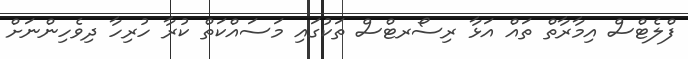
ފްލެޓްސް އިމާރާތް ތައް އަޅާ ރިސޯރޓްސް ތަކުގައި މަސައްކަތް ކުރާ ހުރިހާ ދިވެހިންނަށް